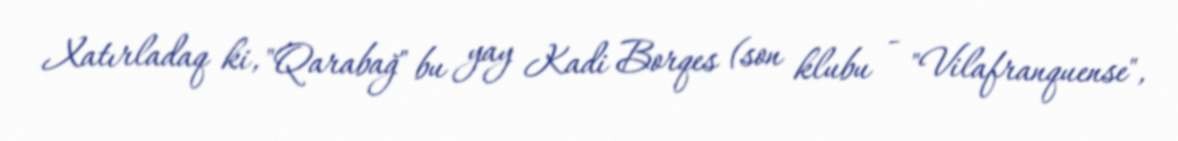
Xatırladaq ki, "Qarabağ" bu yay Kadi Borqes (son klubu - "Vilafranquense",